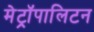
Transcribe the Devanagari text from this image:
मेट्रॉपालिटन